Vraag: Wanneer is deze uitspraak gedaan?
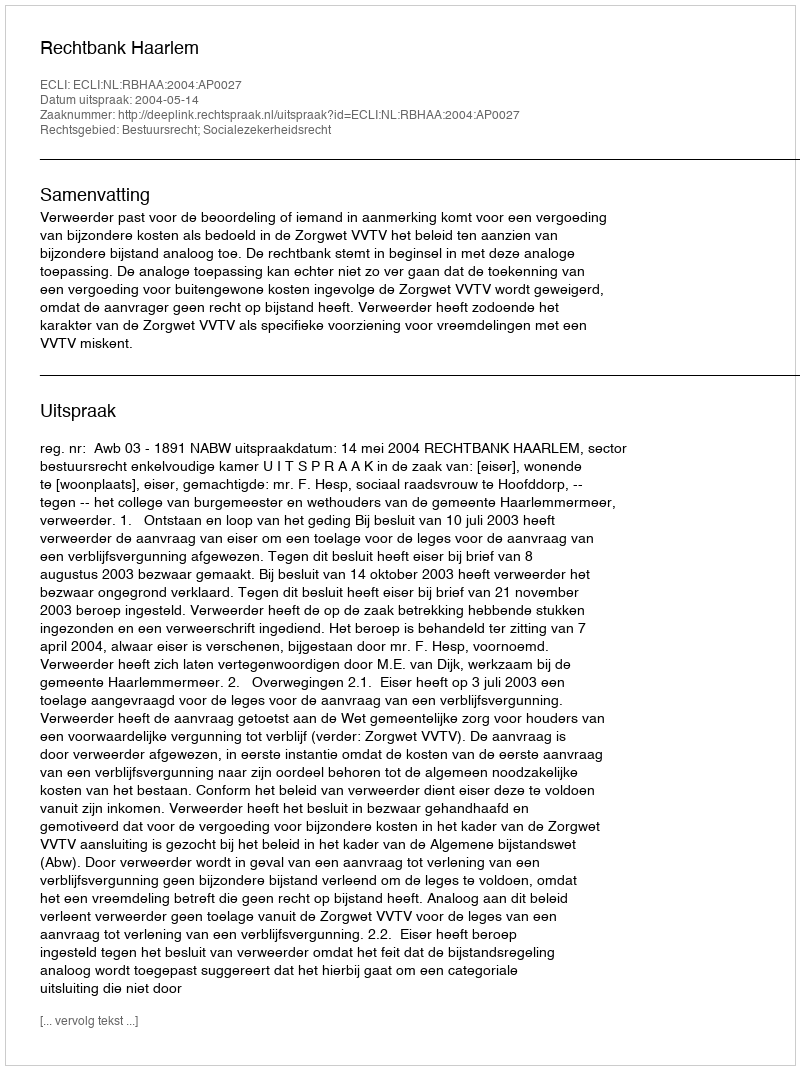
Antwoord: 2004-05-14